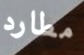
مطارد